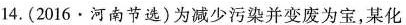
14.(2016·河南节选)为减少污染并变废为宝，某化